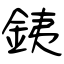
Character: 銕